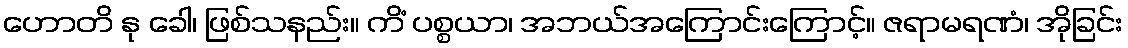
ဟောတိ နု ခေါ၊ ဖြစ်သနည်း။ ကိံ ပစ္စယာ၊ အဘယ်အကြောင်းကြောင့်။ ဇရာမရဏံ၊ အိုခြင်း